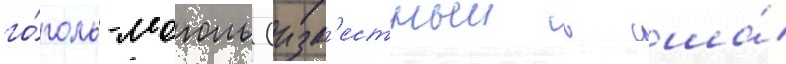
го́голь-моголь (изв'естныи в сша́